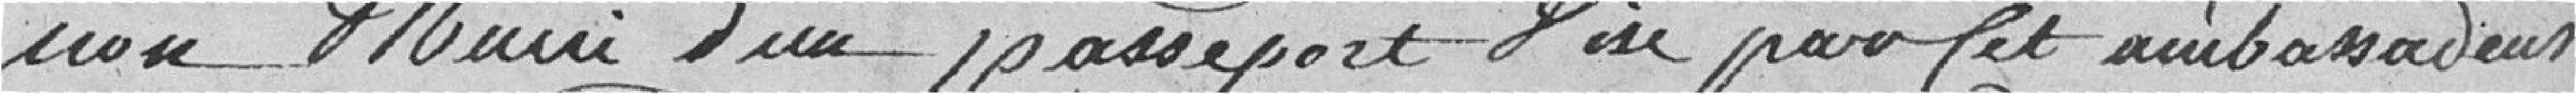
non muni d'un passeport visé par cet ambassadeur